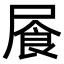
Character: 䬤